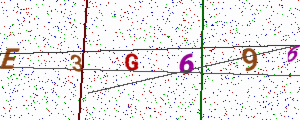
Text: E3G696